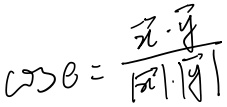
\(\cos\theta=\frac{\vec{x}\cdot\vec{y}}{\vert\vec{x}\vert\cdot\vert\vec{y}\vert}\)